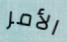
الأمر